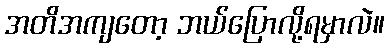
အတိအကျတော့ ဘယ်ပြောလို့ရမှာလဲ။